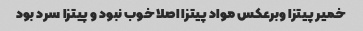
خمیر پیتزا وبرعکس مواد پیتزا اصلا خوب نبود و پیتزا سرد بود